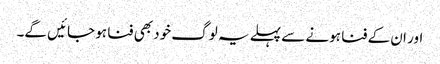
اور ان کے فنا ہونے سے پہلے یہ لوگ خود بھی فنا ہو جائیں گے۔